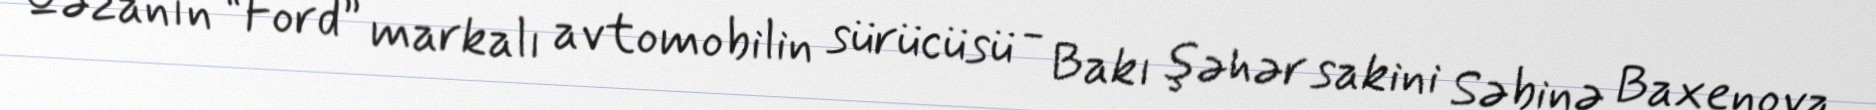
Qəzanın “Ford” markalı avtomobilin sürücüsü - Bakı şəhər sakini Səbinə Baxenova